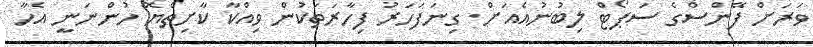
ވަރަށް ފޭންސްގެ ސަޕޯޓް ލިބުނުއެއަށް. ގިނަފަހަރު ފިހާރަތަކުން ވިއްކާ ކާށިތެޔޮ ހުންނަނީ އެހާ